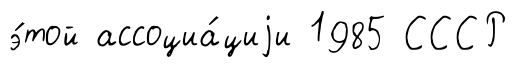
э́той ассоциа́циjи 1985 СССР